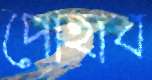
পোহাব